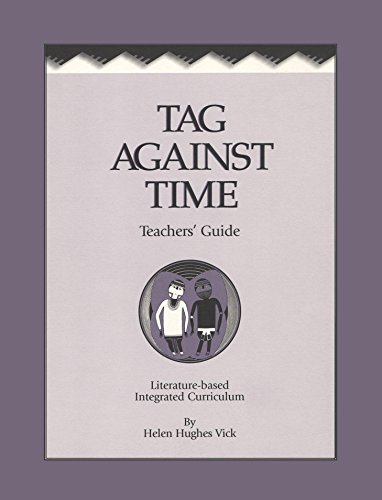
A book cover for Tag Against Time Teacher's Guide; Helen Hughes Vick; Teen & Young Adult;